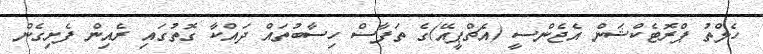
ހެލްތު ޕްރޮޓެކްޝަން އެޖެންސީ (އެޗްޕީއޭ)ގެ ތަފާސް ހިސާބުތައް ދައްކާ ގޮތުގައި ރެއިން ފެށިގެން